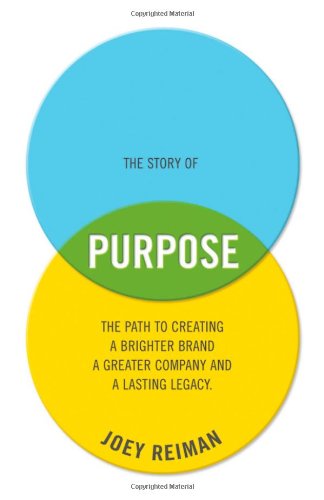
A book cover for The Story of Purpose: The Path to Creating a Brighter Brand, a Greater Company, and a Lasting Legacy; Joey Reiman; Business & Money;